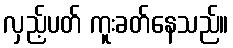
လှည့်ပတ် ကူးခတ်နေသည်။